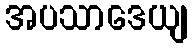
အပသာဒေယျ